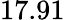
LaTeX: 17.91\